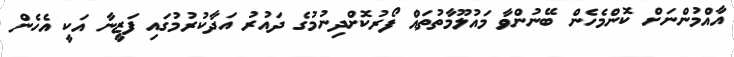
އާއްމުންނަށް ކޮންމެހެން ބޭނުންވާ މައުލޫމާތުތައް ފޯރުކޮށްދިނުމުގެ ދައުރު އަދާކުރުމުގައި ފަޒީނާ އަކީ އެހެން